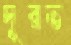
দূরভ